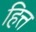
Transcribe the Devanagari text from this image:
हित्त